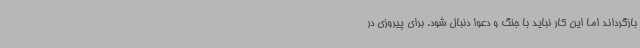
بازگرداند اما این کار نباید با جنگ و دعوا دنبال شود. برای پیروزی در